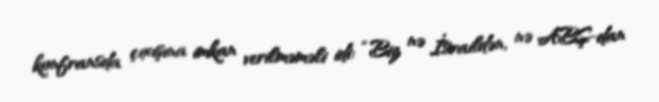
konfransda çıxışına imkan verilməməli idi: “Biz nə İsraildən, nə ABŞ-dan